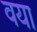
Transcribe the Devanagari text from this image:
वया